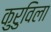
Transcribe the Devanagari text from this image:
कुरुविला